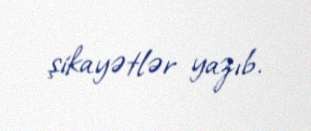
şikayətlər yazıb.